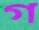
গ